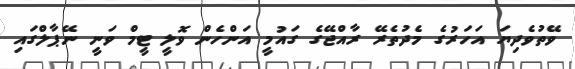
ވޭތުވެދިޔަ އަހަރުގެ މެދުތެރޭ ރާއްޖޭގެ ގައުމީ އަންހެން ވޮލީ ޓީމް ވަނީ ނޭޕާލްގައި